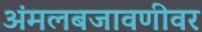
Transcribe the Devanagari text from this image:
अंमलबजावणीवर